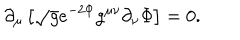
LaTeX: \partial _ { \mu } \left[ \sqrt { g } e ^ { - 2 \Phi } g ^ { \mu \nu } \partial _ { \nu } \Phi \right] = 0 .